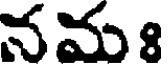
నమ ః